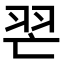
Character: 𦐀